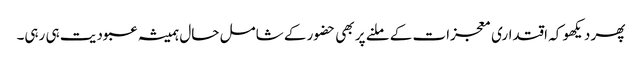
پھر دیکھو کہ اقتداری معجزات کے ملنے پر بھی حضور کے شامل حال ہمیشہ عبودیت ہی رہی۔